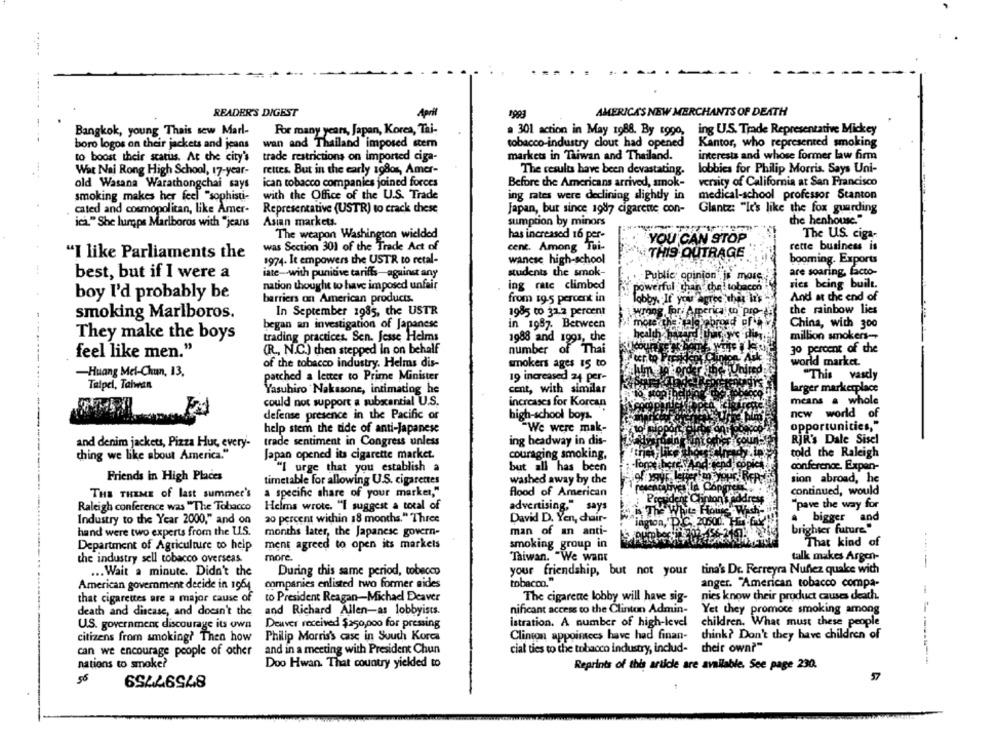
.....
READER'S DIGEST
April
AMERICAS NEW MERCHANTS OF DEATH
Bangkok, young Thais sew Marl-
For many years, Japan, Korea, Tai-
. 301 action in May 1988. By 1990, ing U.S. Trade Representative Mickey
boro logos on their jackets and jeans
wan and Thailand imposed stem
tobacco-industry clout had opened
Kantor, who represented smoking
markets in Taiwan and Thailand.
interests and whose former law firm
to boost their status. At the city's
trade restrictions on imported ciga-
War Nai Rong High School, 17-year-
rettes. But in the carly 198os, Amer-
The results have been devastating.
lobbies for Philip Morris. Says Uni-
old Wasana Warathongchai says
ican tobacco companies joined forces
Before the Americans arrived, amok-
veraity of California at San Francisco
smoking makes her feel "sophisti-
with the Office of the U.S. Trade
ing rates were declining sightly in
medical-school professor Stanton
cated and cosmopolitan, like Amer-
Representative (USTR) to crack these
Japan, but since 1987 cigarette con-
Glantz: "It's like the fox guarding
Asian markets.
sumption by minors
the henhouse."
ich." She lumps Marlboros with "jeans
The weapon Washington wielded
has increased 16 per-
The US. ciga-
YOU CAN STOP
was Section 301 of the Trade Act of
cent. Among Tai-
rette business is
"I like Parliaments the
1974. It empowers the USTR to retal-
wanese high-school
THIS OUTRAGE
booming. Exports
best, but if I were a
iate -- with punitive tariffs-against any
students the smok-
are soaring, facto-
Public opinion is more
nation thought to have imposed unfair
ing rate climbed
powerful than chel tobacco
vics being built.
boy I'd probably be
And at the end of
barriers on American products.
from 19.5 percent in
lobby. If you agree that it's
In September 1985, the USTR
1985 to 32.2 percent
wrong for. America to pro-
the rainbow lies
smoking Marlboros.
began an investigation of Japanese
in 1987. Between
health chels abroad of
mote the
China, wich 300
They make the boys
trading practices. Sen. Jesse Helms
1988 and 1993, the
million smokers-
30 percent of the
feel like men."
(R ., N.C.) chen stepped in on behalf
number of Thai
of the tobacco industry. Helms dis-
smokers ages 15 to
world market.
-Huang Mel-Chun, 13.
patched a letter to Prime Minister
19 increased 24 per-
"This vasdy
Talpel, Taiwan
Yasuhiro Nakasone, intimating he
cent, with similar
larger markerplace
means a whole
could not support a substantial U.S.
increases for Korcan
defense presence in the Pacific or
high-school boys.
new world of
help stem the tide of anti-Japanese
"We were mak-
opportunities,"
and denim jackets, Pizza Hut, every-
trade sentiment in Congress unless
ing headway in dis-
RJR's Dale Sisel
told the Raleigh
thing we like about America."
Japan opened its cigarette market.
couraging smoking,
"I urge that you establish a
but all has been
-Forpe here
conference. Expan-
Friends in High Places
timetable for allowing U.S. cigarettes
washed away by the
of your let
sion abroad, he
continued, would
THE THEME of last summer's
a specific share of your market,"
Rood of American
dent
"pave the way for
Raleigh conference was "The Tobacco
Helms wrote. "I suggest a total of
advertising," says
Th
Wie E
Industry to the Year 2000," and on
20 percent wichin 18 months." Three
David D. Yen, chair-
205
.
bigger and
ington,'D
hand were two experts from the U.S.
months later, the Japanese govern-
man of an anti-
brighter future"
Department of Agriculture to help
ment agreed to open its markets
smoking group in
That kind of
more.
Taiwan. "We want
talk makes Argen-
the industry sell tobacco overseas.
----
... Wait a minute. Didn't the
During this same period, tobecco
your friendship, but not your
tina's Dr. Ferreyra Nuñez quake with
American government decide in 1964
companies enlisted two former aides
tobacco."
anger. "American tobacco compa-
that cigarettes are a major cause of
to President Reagan-Michael Deaver
The cigarene lobby will have sig-
nies know their product causes death.
nificant access to the Clinton Admin-
death and disease, and doesn't the
and Richard Allen-as lobbyists.
Yet they promoce smoking among
Deuver received $250,000 for pressing
istration. A number of high-level
children. What must these people
U.S. government discourage its own
citizens from smoking? Then how
Philip Morris's case in South Korea
Clinton appoinces have had finan-
think? Don't they have children of
can we encourage people of other
and in a meeting with President Chun
cial ties to the tobacco industry, includ-
their own?"
nations to smoke?
87597759
Doo Hwan. That country yielded to
Reprints of this article are available. See page 230.
------
57
58